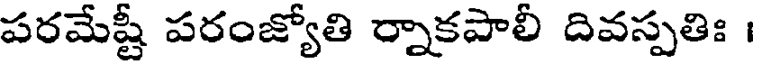
పరమేష్టీ పరంజ్యోతి ర్నాకపాలీ దివస్పతిః ।